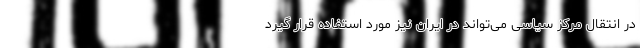
در انتقال مرکز سیاسی می‌تواند در ايران نيز مورد استفاده قرار گيرد